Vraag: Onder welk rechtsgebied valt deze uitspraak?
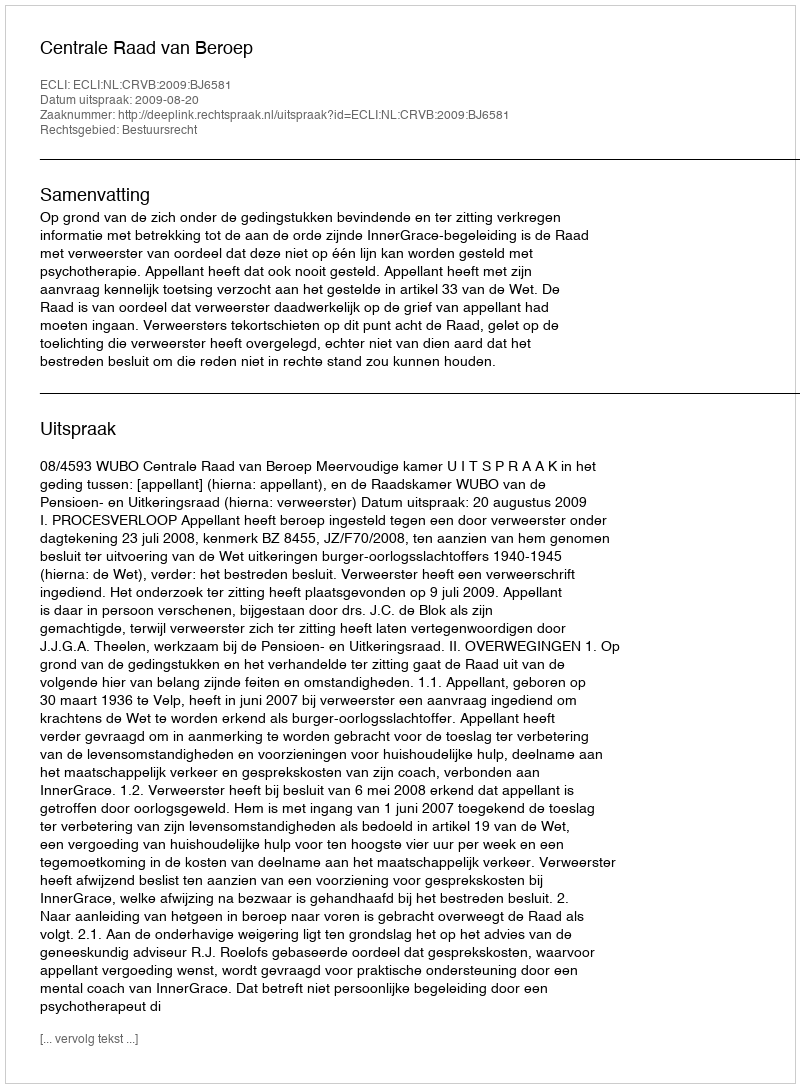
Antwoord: Bestuursrecht